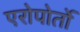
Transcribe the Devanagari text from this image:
एरोपोर्तो